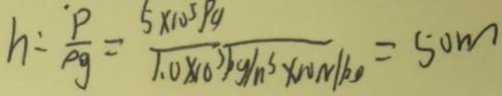
h = \frac { P } { \rho g } = \frac { 5 \times 1 0 ^ { 5 } p g } { 1 . 0 \times 1 0 ^ { 3 } p g / n s \times w n / k } = 5 0 m